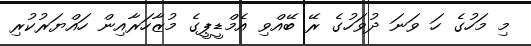
މި މަހުގެ ހަ ވަނަ ދުވަހުގެ ރޭ ބޭއްވި އެމްޑީޕީގެ މުޒާހަރާއިން ހައްޔަރުކުރި